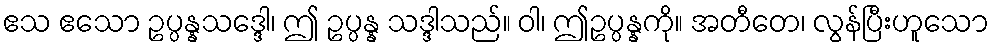
ဧသ ဧသော ဥပ္ပန္နသဒ္ဒေါ၊ ဤ ဥပ္ပန္န သဒ္ဒါသည်။ ဝါ၊ ဤဥပ္ပန္နကို။ အတီတေ၊ လွန်ပြီးဟူသော